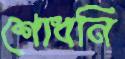
শোধনি